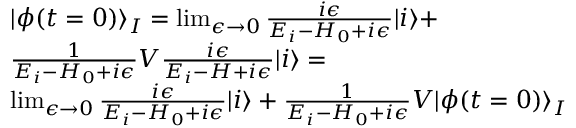
\begin{array} { r l } & { | \phi ( t = 0 ) \rangle _ { I } = \operatorname* { l i m } _ { \epsilon \to 0 } \frac { i \epsilon } { E _ { i } - H _ { 0 } + i \epsilon } | i \rangle + } \\ & { \frac { 1 } { E _ { i } - H _ { 0 } + i \epsilon } V \frac { i \epsilon } { E _ { i } - H + i \epsilon } | i \rangle = } \\ & { \operatorname* { l i m } _ { \epsilon \to 0 } \frac { i \epsilon } { E _ { i } - H _ { 0 } + i \epsilon } | i \rangle + \frac { 1 } { E _ { i } - H _ { 0 } + i \epsilon } V | \phi ( t = 0 ) \rangle _ { I } } \end{array}